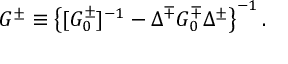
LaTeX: G ^ { \pm } \equiv \left\{ [ G _ { 0 } ^ { \pm } ] ^ { - 1 } - \Delta ^ { \mp } G _ { 0 } ^ { \mp } \Delta ^ { \pm } \right\} ^ { - 1 } .